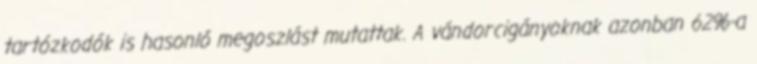
tartózkodók is hasonló megoszlást mutattak. A vándorcigányoknak azonban 62%-a